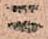
ニ